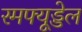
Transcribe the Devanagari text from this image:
रमफ्यूड्डेल